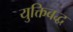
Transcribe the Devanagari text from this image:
युक्तिबद्ध